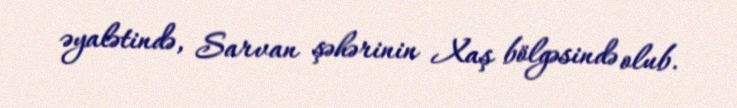
əyalətində, Sarvan şəhərinin Xaş bölgəsində olub.